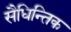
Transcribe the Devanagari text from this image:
सैधिन्तिक